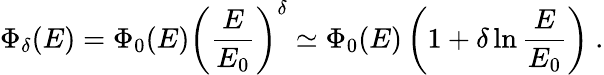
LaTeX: \Phi_{\delta}(E)=\Phi_{0}(E)\left(\frac{E}{E_{0}}\right)^{\delta}\simeq\Phi_{0}(E)\left(1+\delta\ln\frac{E}{E_{0}}\right)~.